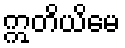
ဣတိယိမေ